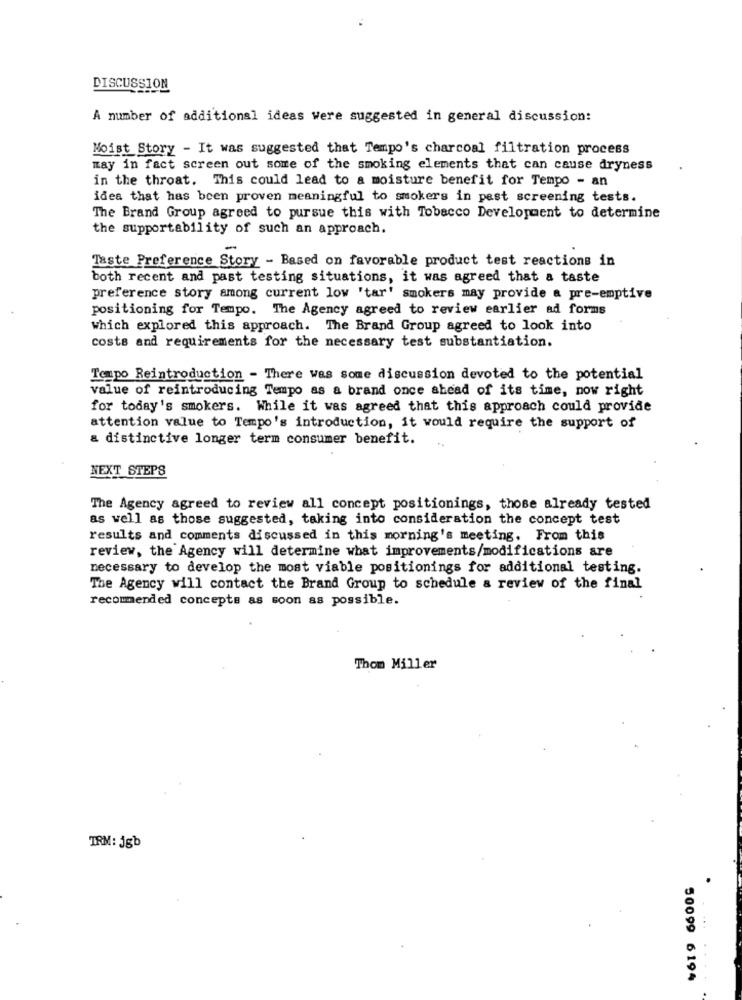
DISCUSSION
A number of additional ideas were suggested in general discussion:
Moist Story - It was suggested that Tempo's charcoal filtration process
may in fact screen out some of the smoking elements that can cause dryness
in the throat. This could lead to a moisture benefit for Tempo - an
idea that has been proven meaningful to smokers in pest screening tests.
The Brand Group agreed to pursue this with Tobacco Development to determine
the supportability of such an approach.
-
Taste Preference Story - Based on favorable product test reactions in
both recent and past testing situations, it was agreed that a taste
preference story among current low 'tar' smokers may provide a pre-emptive
positioning for Tempo. The Agency agreed to review earlier ad forms
which explored this approach. The Brand Group agreed to look into
costs and requirements for the necessary test substantiation.
Tempo Reintroduction - There was some discussion devoted to the potential
value of reintroducing Tempo as a brand once ahead of its time, now right
for today's smokers. While it was agreed that this approach could provide
attention value to Tempo's introduction, it would require the support of
a distinctive longer term consumer benefit.
NEXT STEPS
The Agency agreed to review all concept positionings, those already tested
as well as those suggested, taking into consideration the concept test
results and comments discussed in this morning's meeting, From this
review, the Agency will determine what improvements/modifications are
necessary to develop the most viable positionings for additional testing.
The Agency will contact the Brand Group to schedule a review of the final
recommended concepts as soon as possible.
Thom Miller
TRM: jgb
50099 6194